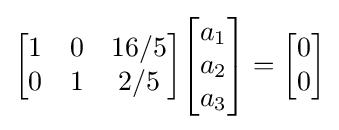
{\begin{bmatrix}1&0&16/5\\0&1&2/5\end{bmatrix}}{\begin{bmatrix}a_{1}\\a_{2}\\a_{3}\end{bmatrix}}={\begin{bmatrix}0\\0\end{bmatrix}}